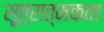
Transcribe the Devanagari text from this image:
सूत्रात्मकता